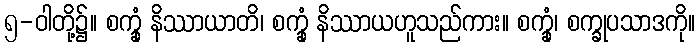
၅-ဝါတို့၌။ စက္ခုံ နိဿာယာတိ၊ စက္ခုံ နိဿာယဟူသည်ကား။ စက္ခုံ၊ စက္ခုပသာဒကို။